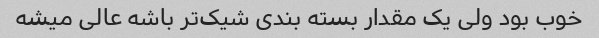
خوب بود ولی یک مقدار بسته بندی شیک‌تر باشه عالی میشه